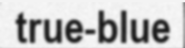
true-blue